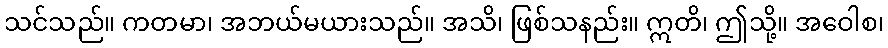
သင်သည်။ ကတမာ၊ အဘယ်မယားသည်။ အသိ၊ ဖြစ်သနည်း။ ဣတိ၊ ဤသို့။ အဝေါစ၊